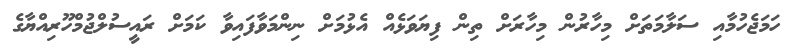
ހަމަޖެހުމާއި ސަލާމަތަށް މިހާރުން މިހާރަށް ތިން ފިޔަވަޅެއް އެޅުމަށް ނިންމަވާފައިވާ ކަމަށް ރައީސުލްޖުމްހޫރިއްޔާގެ